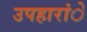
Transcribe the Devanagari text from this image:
उपहारांे